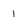
Character: 1